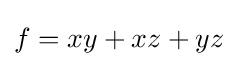
f=xy+xz+yz